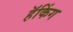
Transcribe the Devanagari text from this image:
हॅकिंग